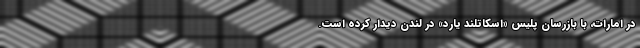
در امارات، با بازرسان پلیس «اسکاتلند یارد» در لندن دیدار کرده است.